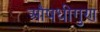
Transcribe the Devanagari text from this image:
औषधीगुण